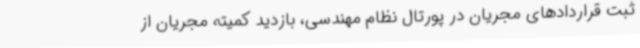
ثبت قراردادهای مجریان در پورتال نظام مهندسی، بازدید کمیته مجریان از